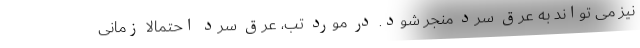
نیز می تواند به عرق سرد منجر شود. در مورد تب، عرق سرد احتمالا زمانی